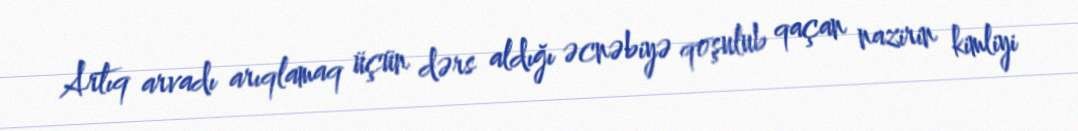
Artıq arvadı arıqlamaq üçün dərs aldığı əcnəbiyə qoşulub qaçan nazirin kimliyi